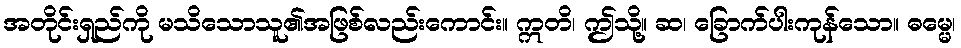
အတိုင်းရှည်ကို မသိသောသူ၏အဖြစ်လည်းကောင်း။ ဣတိ၊ ဤသို့။ ဆ၊ ခြောက်ပါးကုန်သော။ ဓမ္မေ၊